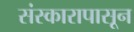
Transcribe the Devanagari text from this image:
संस्कारापासून